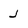
Character: J